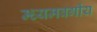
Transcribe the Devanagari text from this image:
म्ध्यमवर्गीय